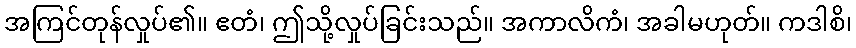
အကြင်တုန်လှုပ်၏။ ဧတံ၊ ဤသို့လှုပ်ခြင်းသည်။ အကာလိကံ၊ အခါမဟုတ်။ ကဒါစိ၊